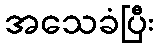
အသေခံပြီး